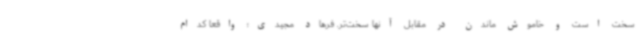
سخت است و خاموش ماندن در مقابل آنها سخت‌تر. فرهاد مجیدی؛ واقعا کدام